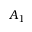
A _ { 1 }